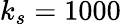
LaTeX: k_{s}=1000